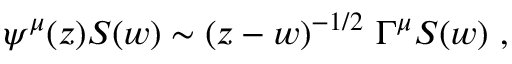
\psi ^ { \mu } ( z ) S ( w ) \sim ( z - w ) ^ { - 1 / 2 } \ \Gamma ^ { \mu } S ( w ) \ ,